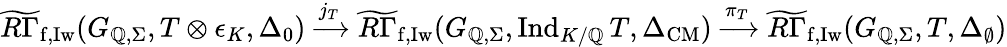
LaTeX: \widetilde{R\Gamma}_{\mathrm{f,Iw}}(G_{\mathbb{Q},\Sigma},T\otimes\epsilon_{K},\Delta_{0})\xrightarrow{j_{T}}\widetilde{R\Gamma}_{\mathrm{f,Iw}}(G_{\mathbb{Q},\Sigma},\mathrm{Ind}_{K/\mathbb{Q}}\, T,\Delta_{\mathrm{CM}})\xrightarrow{\pi_{T}}\widetilde{R\Gamma}_{\mathrm{f,Iw}}(G_{\mathbb{Q},\Sigma},T,\Delta_{\emptyset})